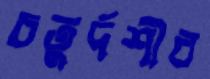
চতুর্দশীর